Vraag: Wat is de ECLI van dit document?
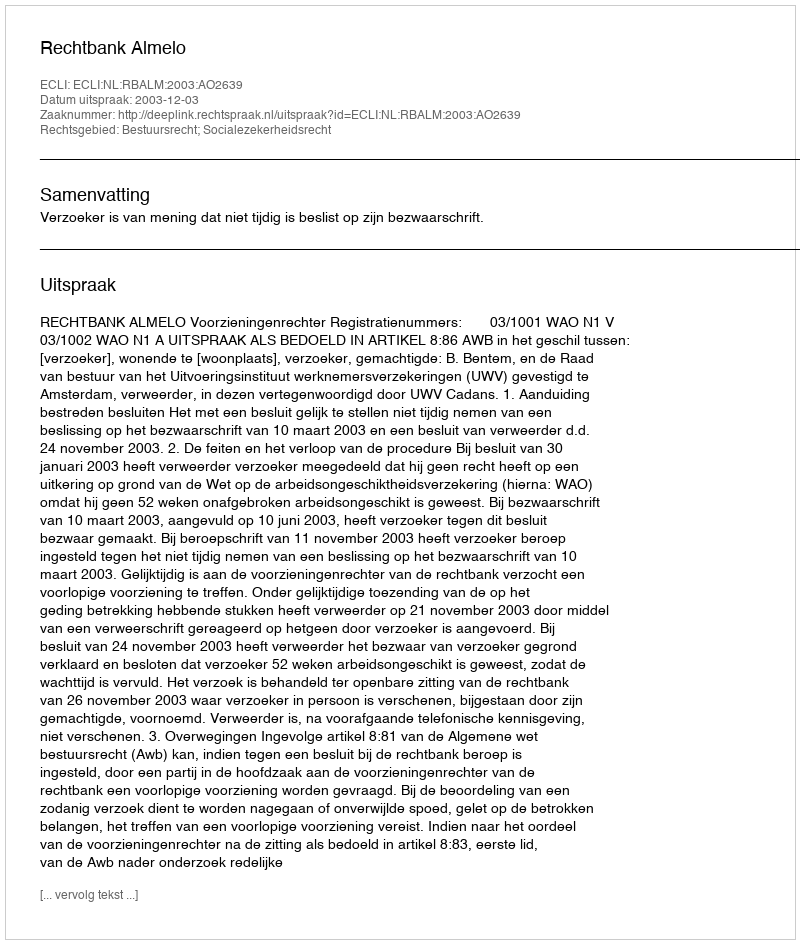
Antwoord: ECLI:NL:RBALM:2003:AO2639